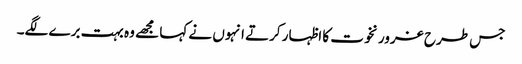
جس طرح غرور نخوت کا اظہار کرتے انہوں نے کہا مجھے وہ بہت برے لگے۔